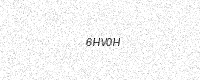
Text: 6HV0H